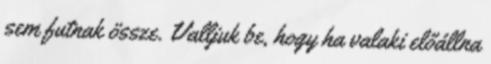
sem futnak össze. Valljuk be, hogy ha valaki előállna